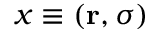
x \equiv ( \mathbf { r } , \sigma )